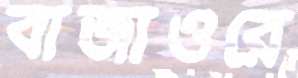
বাজাওরে